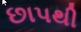
છાપથી